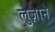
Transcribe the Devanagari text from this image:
लुज़ाने